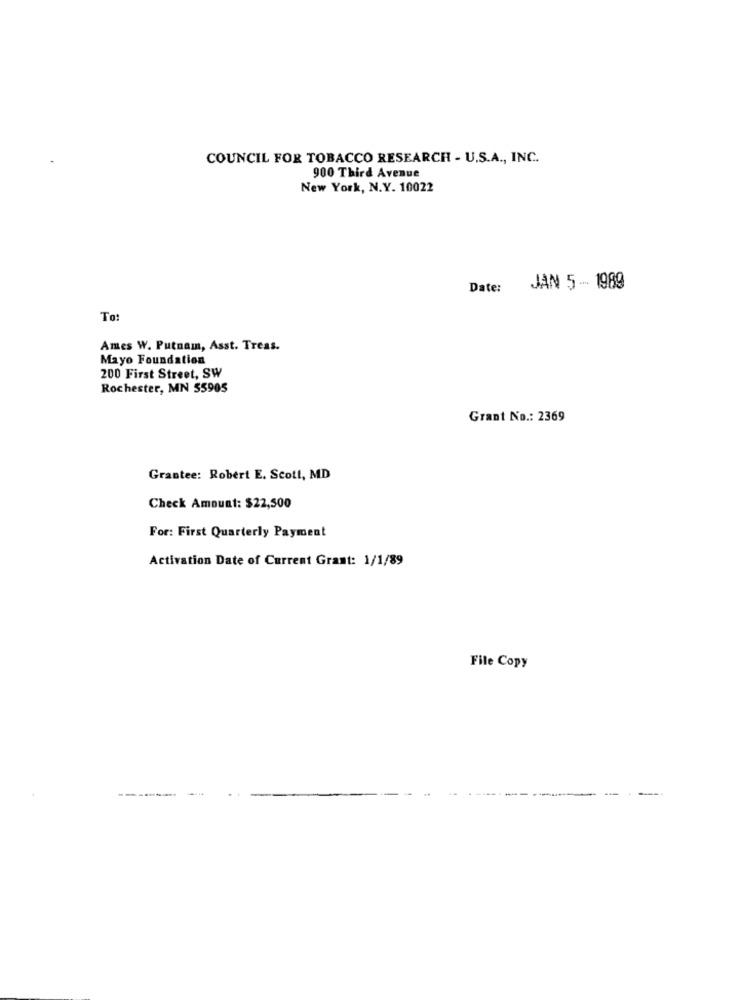
COUNCIL FOR TOBACCO RESEARCH - U.S.A ., INC.
900 Third Avenue
New York, N.Y. 10022
Date:
JAN 5 -- 1989
To:
Ames W. Putnam, Asst. Treas.
Mayo Foundation
200 First Street, SW
Rochester, MN 55905
Grant No .: 2369
Grantee: Robert E. Scott, MD
Check Amount: $22,500
For: First Quarterly Payment
Activation Date of Current Grant: 1/1/89
File Copy